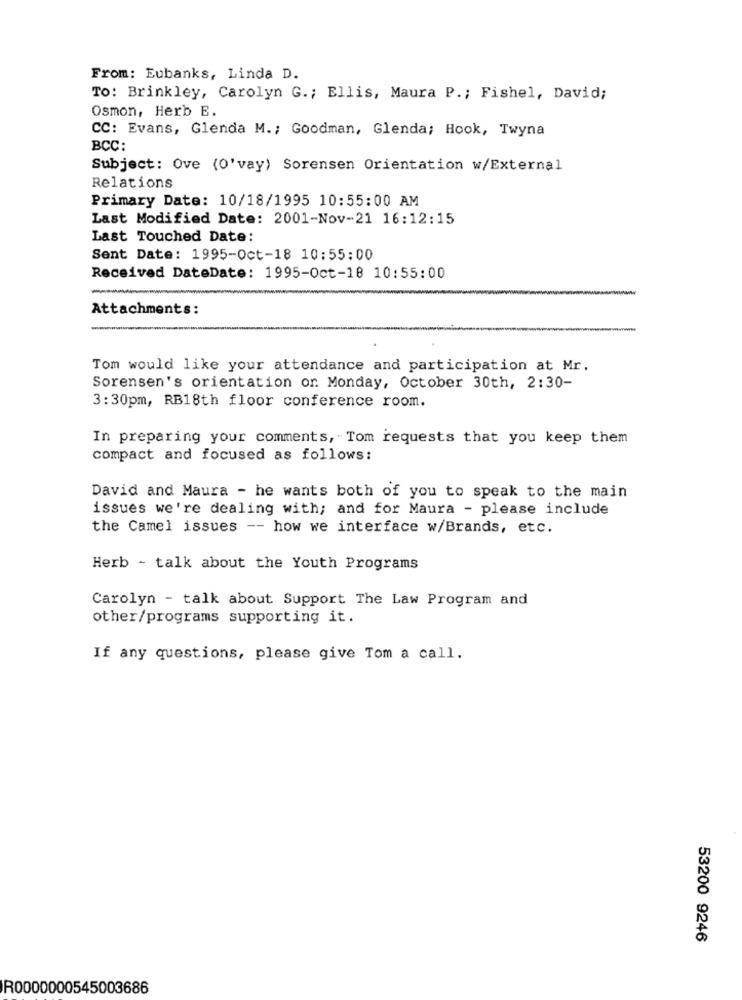
From: Eubanks, Linda D.
TO: Brinkley, Carolyn G .; Ellis, Maura P .; Fishel, David;
Osmon, Herb E.
CC: Evans, Glenda M .; Goodman, Glenda; Hook, Twyna
BCC:
Subject: Ove (O'vay) Sorensen Orientation w/External
Relations
Primary Date: 10/18/1995 10:55:00 AM
Last Modified Date: 2001-Nov-21 16:12:15
Last Touched Date:
Sent Date: 1995-Oct-18 10:55:00
Received DateDate: 1995-Oct-18 10:55:00
Attachments:
Tom would like your attendance and participation at Mr.
Sorensen's orientation or Monday, October 30th, 2:30-
3:30pm, RB18th floor conference room.
In preparing your comments, Tom requests that you keep them
compact and focused as follows:
David and Maura - he wants both of you to speak to the main
issues we're dealing with; and for Maura - please include
the Camel issues -- how we interface w/Brands, etc.
Herb - talk about the Youth Programs
Carolyn - talk about Support The Law Program and
other/programs supporting it.
If any questions, please give Tom a call.
53200 9246
R0000000545003686